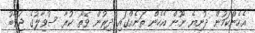
އެހެންކަމުން ދުނިޔެ ނޫން އެހެން ތަނެއްގައި ދިރުން ވޭތޯ ކުރާ ސުވާލުގެ ޖަވާބު